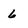
Character: 6